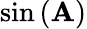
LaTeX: \sin\left(\mathbf{A}\right)